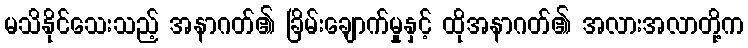
မသိနိုင်သေးသည့် အနာဂတ်၏ ခြိမ်းချောက်မှုနှင့် ထိုအနာဂတ်၏ အလားအလာတို့က